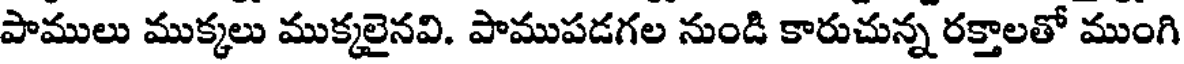
పాములు ముక్కలు ముక్కలైనవి. పాముపడగల నుండి కారుచున్న రక్తాలతో ముంగి